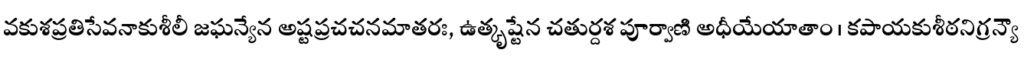
వకుశప్రతిసేవనాకుశీలీ జఘన్యేన అష్టప్రచచనమాతరః, ఉత్కృష్టేన చతుర్దశ పూర్వాణి అధీయేయాతాం । కపాయకుశీఠనిగ్రన్యౌ